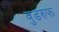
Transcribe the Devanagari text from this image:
वुडरुफ